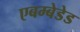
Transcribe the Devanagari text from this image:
एबम्बेडेड